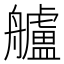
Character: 艫